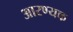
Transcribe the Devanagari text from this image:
आरण्‍यक